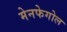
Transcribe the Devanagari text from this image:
मेनफेगोल